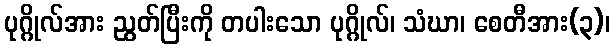
ပုဂ္ဂိုလ်အား ညွတ်ပြီးကို တပါးသော ပုဂ္ဂိုလ်၊ သံဃာ၊ စေတီအား(၃)၊